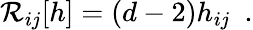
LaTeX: {\cal R}_{ij}[h]=(d-2)h_{ij}~~.